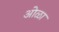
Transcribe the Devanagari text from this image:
ओळा